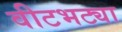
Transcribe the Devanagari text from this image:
वीटभट्या